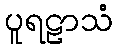
ပူရဠာသံ